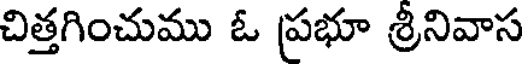
చిత్తగించుము ఓ ప్రభూ శ్రీనివాస